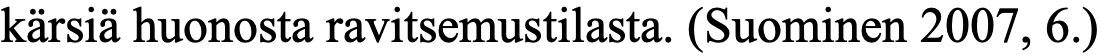
kärsiä huonosta ravitsemustilasta. (Suominen 2007, 6.)